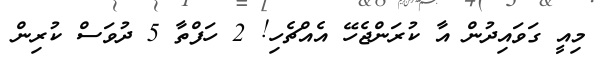
މިއީ ގަވައިދުން އާ ކުރަންޖެހޭ އެއްޗެހި! 2 ހަފްތާ 5 ދުވަސް ކުރިން